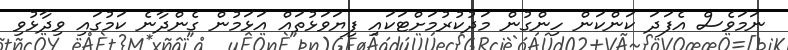
ނަމަވެސް އެފަދަ ކަންކަން ހިންގުން މަދުކުރުމަށްޓަކައި ފިޔަވަޅުތައް އަޅަމުން ގެންދާނެ ކަމުގައި ވިދާޅުވި